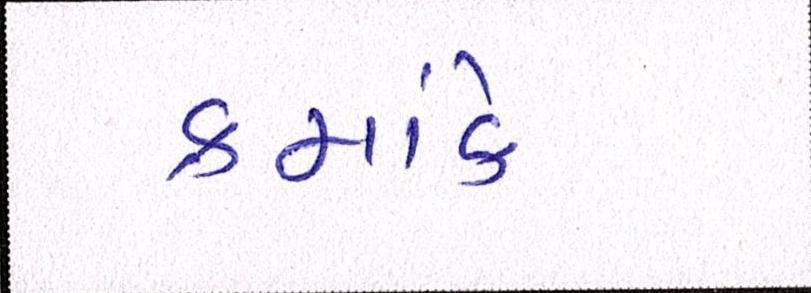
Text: ક્રમાંકે